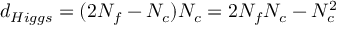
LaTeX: d _ { H i g g s } = ( 2 N _ { f } - N _ { c } ) N _ { c } = 2 N _ { f } N _ { c } - N _ { c } ^ { 2 }